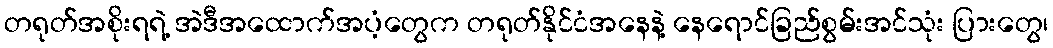
တရုတ်အစိုးရရဲ့ အဲဒီအထောက်အပံ့တွေက တရုတ်နိုင်ငံအနေနဲ့ နေရောင်ခြည်စွမ်းအင်သုံး ပြားတွေ၊